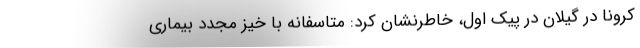
کرونا در گیلان در پیک اول، خاطرنشان کرد: متاسفانه با خیز مجدد بیماری